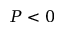
P < 0